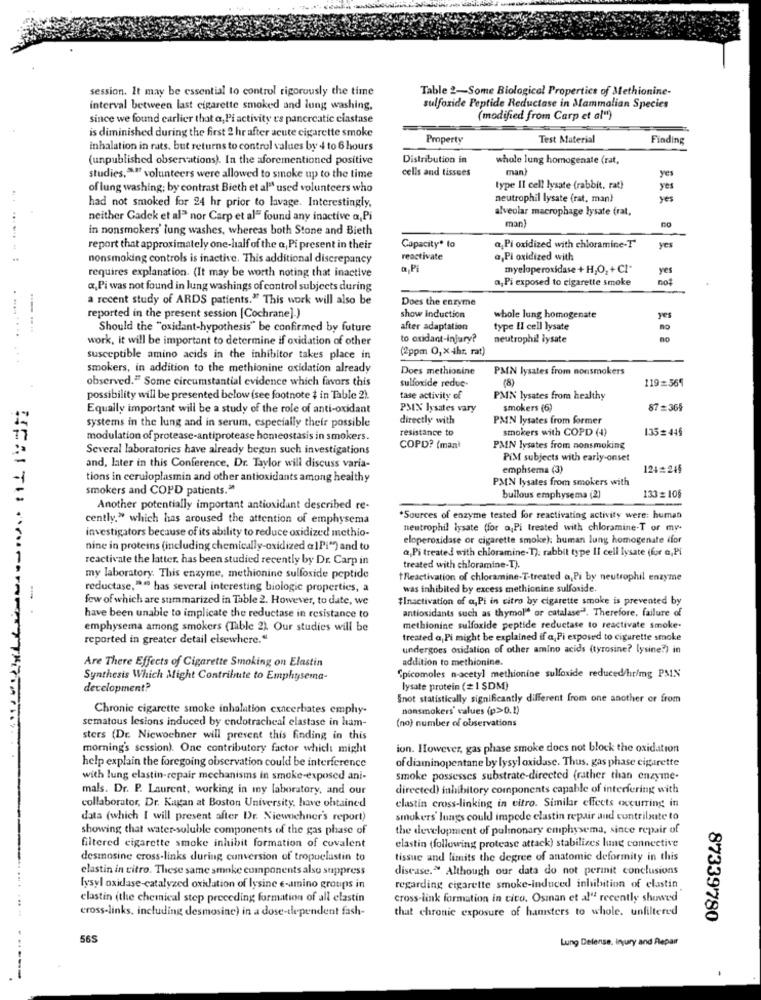
session. It may be essential to control rigorously the time
Table 2-Some Biological Properties of Methionine-
interval between last cigarette smoked and lung washing,
sulfoxide Peptide Reductase in Mammalian Species
since we found carlier that a, Pi activity es pancreatic ciastase
(modified from Carp et al")
is diminished during the first 2 hr after acute cigarette smoke
Property
Test Material
Finding
inhalation in rats, but returns to control values by 4 to 6 hours
(unpublished observations). In the aforementioned positive
Distribution in
whole lung homogenate (rat,
cells and tissues
man)
studies,aff volunteers were allowed to smoke up to the time
yes
of lung washing; by contrast Bieth et al" used volunteers who
type II cell lysate (rabbit. rat)
yes
neutrophil lysate (rat, man}
yes
had not smoked for 24 hr prior to lavage. Interestingly,
alveolar macrophage lysate (rat,
neither Gadek et al" nor Carp et al" found any inactive a,Pi
man)
in nonsmokers' lung washes, whereas both Stone and Bieth
report that approximately one-half of the a, Pi present in their
Capacity* to
a,Pi oxidized with chloramine-T
yes
...... .
nonsmoking controls is inactive. This additional discrepancy
reactivate
a,Pi oxidized with
a Pi
myeloperoxidase + H,O2 + Cl"
yes
requires explanation. (It may be worth noting that inactive
a, Pi exposed to cigarette smoke
«, Pi was not found in lung washings of control subjects during
a recent study of ARDS patients." This work will also be
Does the enzyme
reported in the present session [Cochrane].)
show induction
whole lung homogenate
yes
----
Should the "oxidant-hypothesis" be confirmed by future
after adaptation
type II cell lysate
no
work, it will be important to determine if oxidation of other
to oxidant-injury?
neutrophil lysate
(2ppm O,x4hr, rat)
susceptible amino acids in the inhibitor takes place in
smokers, in addition to the methionine oxidation already
Does methionine
PMN lysates from nonsmokers
observed." Some circumstantial evidence which favors this
sulfoxide reduc
(8)
119=565
possibility will be presented below (see footnote # in Table 2).
tase activity of
PMN lysates from healthy
Equally important will be a study of the role of anti-oxidant
PMIX lysates vary
smokers (6)
87=365
systems in the lung and in serum, especially their possible
directly with
PMN lysates from former
resistance to
smokers with COPD (4)
135=446
modulation of protease-antiprotease homeostasis in smokers.
Several laboratories have already begun such investigations
COPD? (man)
PMIN lysates from nonsmoking
PiM subjects with early-onset
and, later in this Conference, Dr. Taylor will discuss varia-
emphsema (3)
124#245
tions in ceruloplasmin and other antioxidants among healthy
PMIN lysates from smokers with
smokers and COPD patients."
133= 106
bullous emphysema (2)
Another potentially important antioxidant described re-
cently." which has aroused the attention of emphysema
*Sources of enzyme tested for reactivating activity were: human
investigators because of its ability to reduce oxidized methio-
neutrophil lysate (for a,Pi treated with chloramine-T or my
eloperoxidase or cigarette smoke): human lung homogenate dfor
nine in proteins (including chemically-oxidized a1Pi") and to
a,Pi treated with chloramine-T). rabbit type Il cell lysate (for a,Pi
reactivate the latter. has been studied recently by Dr. Carp in
treated with chloramine-T).
my laboratory. This enzyme, methionine sulfoside peptide
Reactivation of chloramine-T-treated a, Pi by neutrophil enzyme
reductase,".º has several interesting biologic properties, a
was inhibited by excess methionine sulfoxide.
few of which are summarized in Table 2. However, to date, we
#Inactivation of a, Pi in citro by cigarette smoke is prevented by
antioxidants such as thymol" or catalase?'. Therefore, failure of
have been unable to implicate the reductase in resistance to
emphysema among smokers (Table 2) Our studies will be
methionine sulfoxide peptide reductase to reactivate smoke-
reported in greater detail elsewhere.“
treated a Pi might be explained if a, Pi exposed to cigarette smoke
undergoes oxidation of other amino acids (tyrosine? lysine?) in
Are There Effects of Cigarette Smoking on Elastin
addition to methionine.
Synthesis Which Might Contribute to Emphysema-
"picomoles n-acetyl methionine sulfoxide reduced/hr/mg PMIN
development?
lysate protein (2 1 SDM)
Snot statistically significantly different from one another or from
Chronic cigarette smoke inhalation exacerbates emphy-
nonsmokers' values (p>0.1)
(no) number of observations
sematous lesions induced by endotracheal elastase in ham-
sters (Dr. Niewochner will present this finding in this
morning's session). One contributory factor which might
ion. However, gas phase smoke does not block the oxidation
of diaminopentane by lysyl oxidase. Thus, gas phase cigarette
help explain the foregoing observation could be interference
with lung elastin-repair mechanisms in smoke-exposed ani-
smoke possesses substrate-directed (rather than enzyme-
mals. Dr. P. Laurent, working in my laboratory, and our
directed) inhibitory components capable of interfering with
collaborator, Dr. Kagan at Boston University, have obtained
elastin cross-linking in vitro. Similar effects excurring in
data (which I will present after Dr. Niewchner's report)
smokers' lungs could impede elastin repair and contribute to
showing that water-soluble components of the gas phase of
the development of pulmonary emphysema, since repair of
filtered cigarette smoke inhibit formation of covalent
elastin (following protease attack) stabilizes lung connective
desmosine cross-links during cunversion of tropuelastin to
tissue and limits the degree of anatomic deformity in this
elastin in citro. These same smoke components also suppress
disease." Although our data do not perinit conclusions
lysyl oxidase-catalyzed oxidation of lysine e-amino groups in
regarding cigarette smoke-induced inhibition of elastin
elastin (the chemical step preceding formation of all elastin
cross-link formation in cico. Osman et al" recently showed
cross-links, including desmosine) in a dose-dependent fash-
that chronic exposure of hamsters to whole. unfiltered
87339780
565
Lung Defense, Injury and Repair